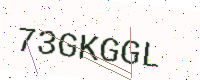
Text: 73GKGGL